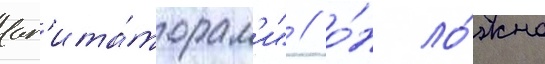
аг'ита́торам'и" / о́н ло́жно